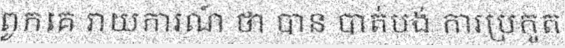
ពួកគេ រាយការណ៍ ថា បាន បាត់បង់ ការប្រកួត